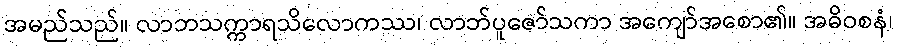
အမည်သည်။ လာဘသက္ကာရသိလောကဿ၊ လာဘ်ပူဇော်သကာ အကျော်အစော၏။ အဓိဝစနံ၊